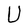
Character: U